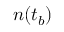
n ( t _ { b } )